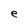
Character: e